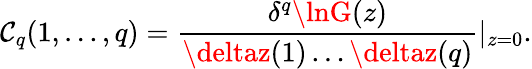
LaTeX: \mathcal{C}_{q}(1,\ldots,q)={\frac{{\delta^{q}\lnG(z)}}{{\deltaz(1)\ldots\deltaz(q)}}}|_{z=0}.